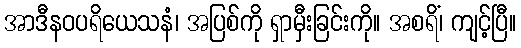
အာဒီနဝပရိယေသနံ၊ အပြစ်ကို ရှာမှီးခြင်းကို။ အစရိံ၊ ကျင့်ပြီ။